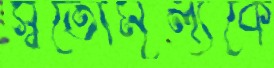
স্বতোমূল্যকে